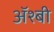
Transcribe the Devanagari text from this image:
ॲश्बी